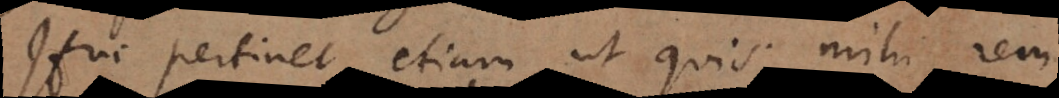
pertinet etiam ut quis mihi rem